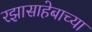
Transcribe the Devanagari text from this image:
रझासाहेबाच्या